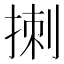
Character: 𪮁